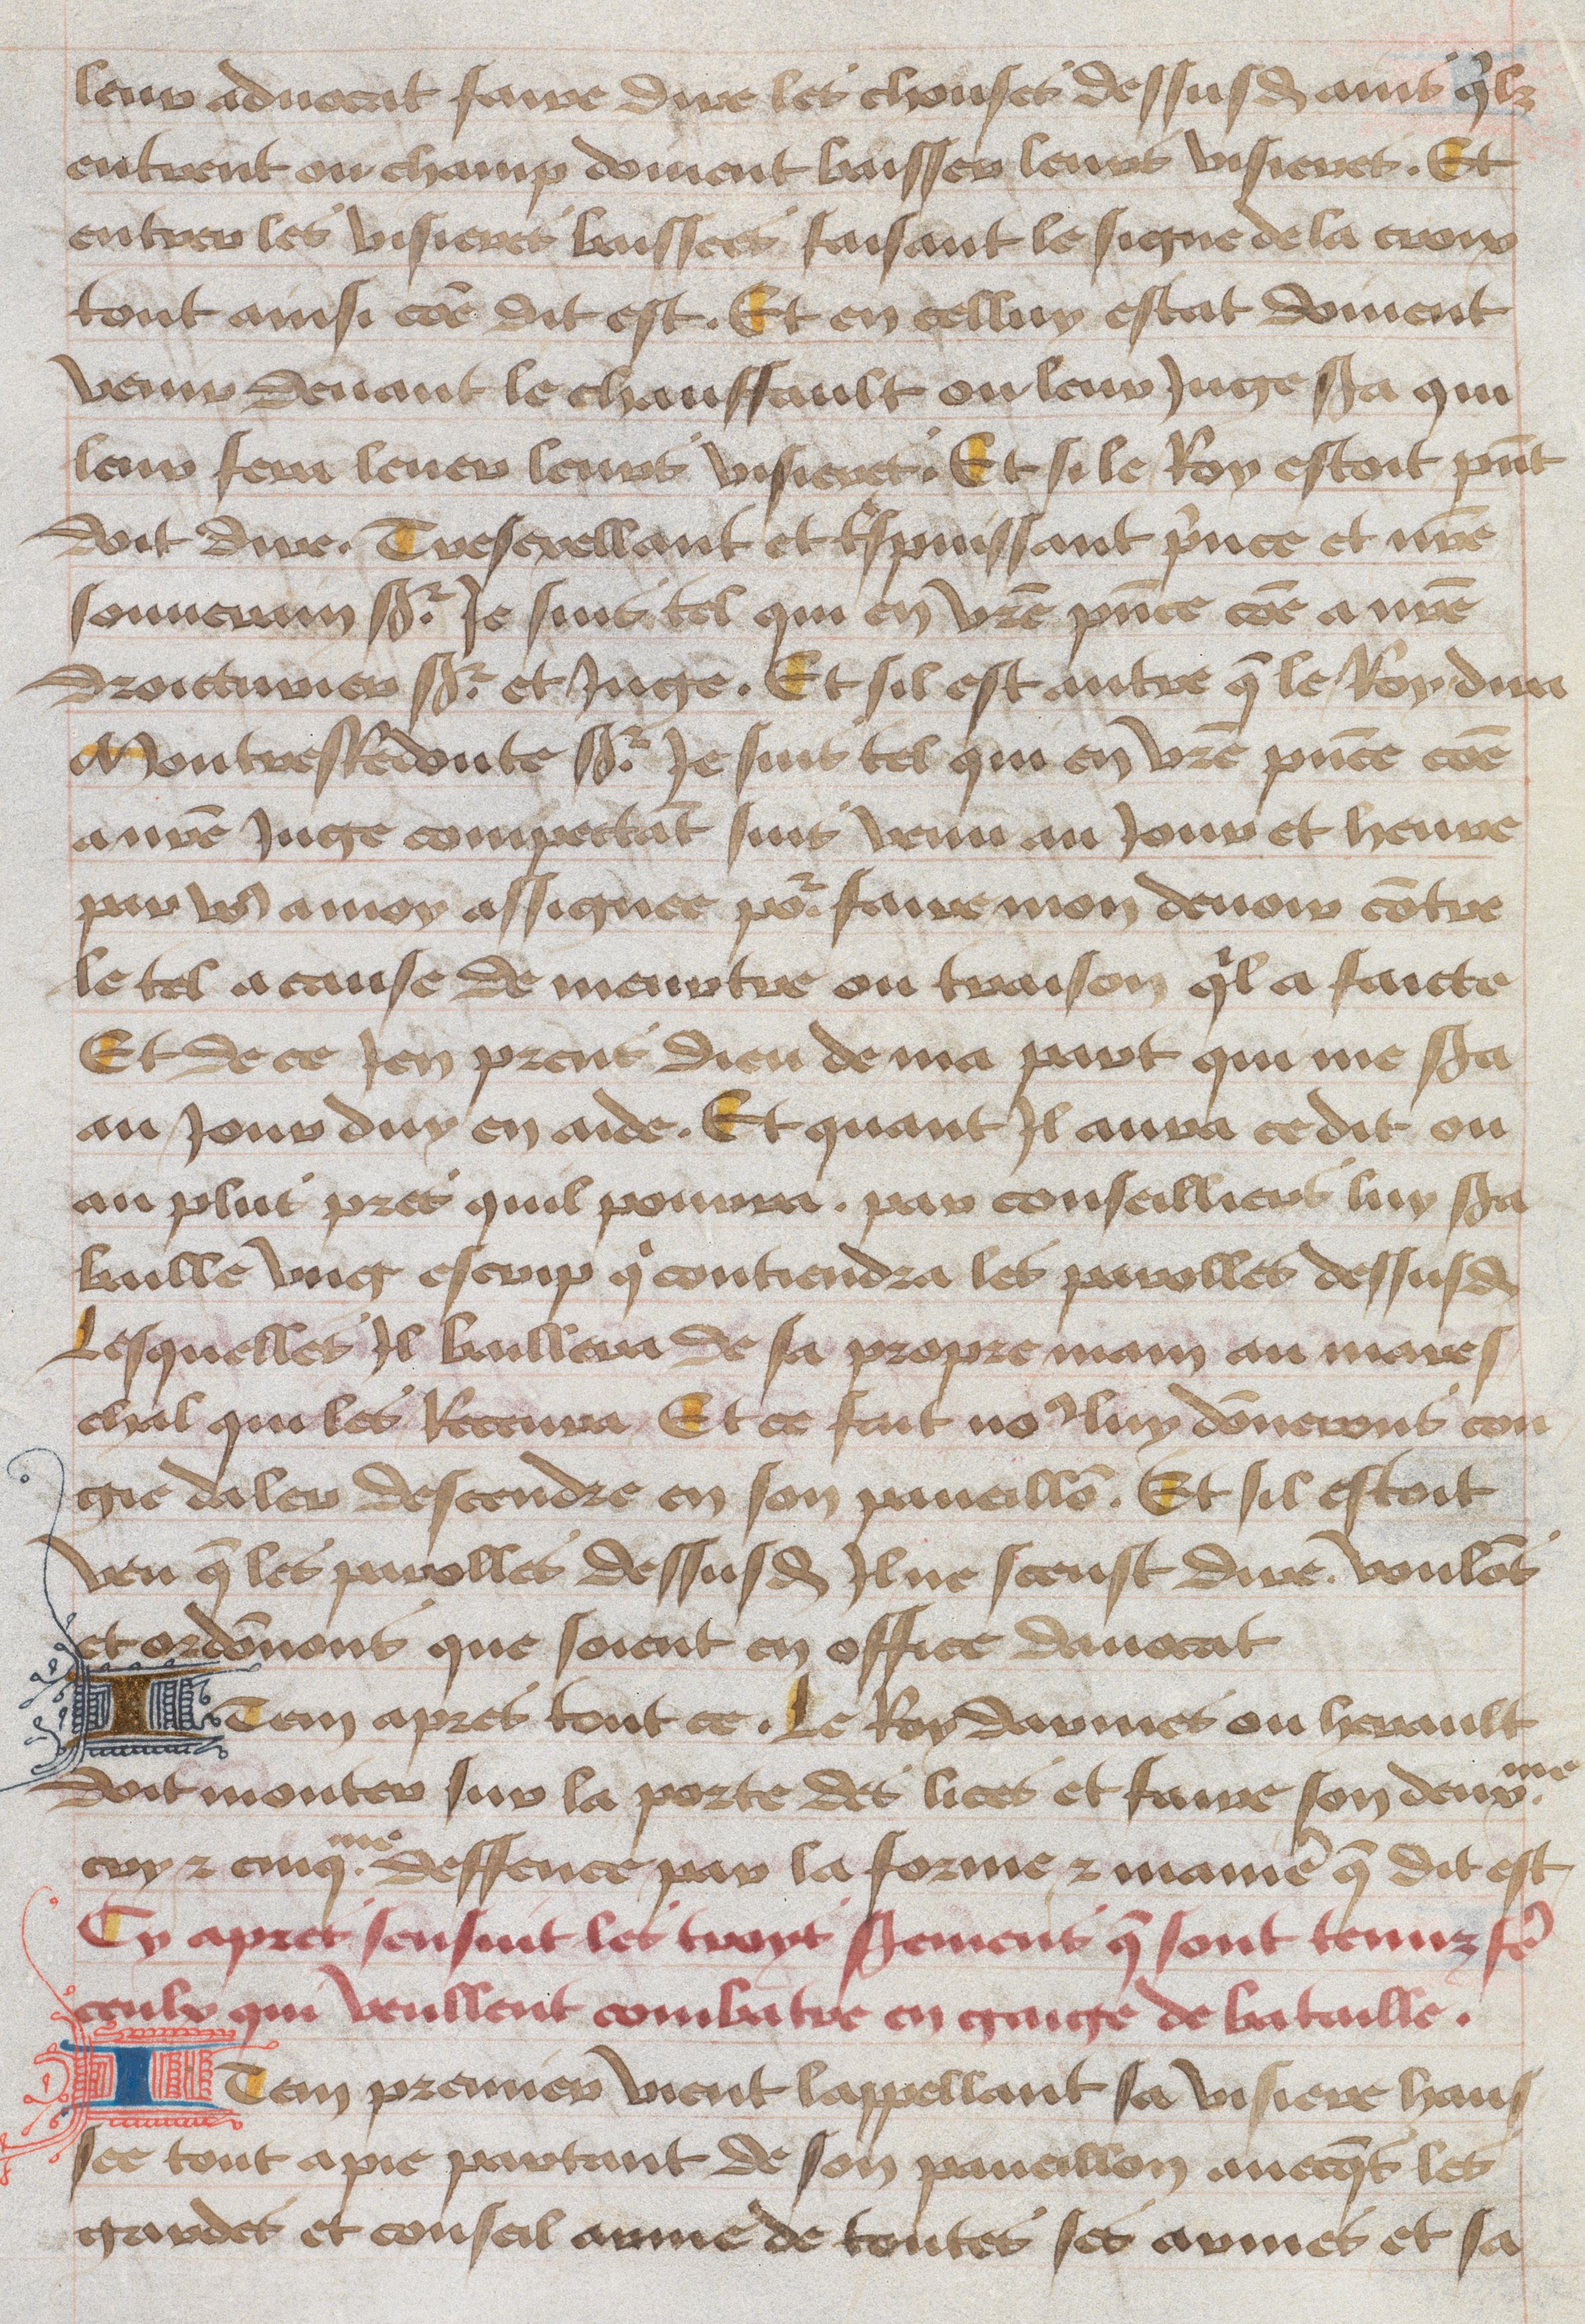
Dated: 1465–1480